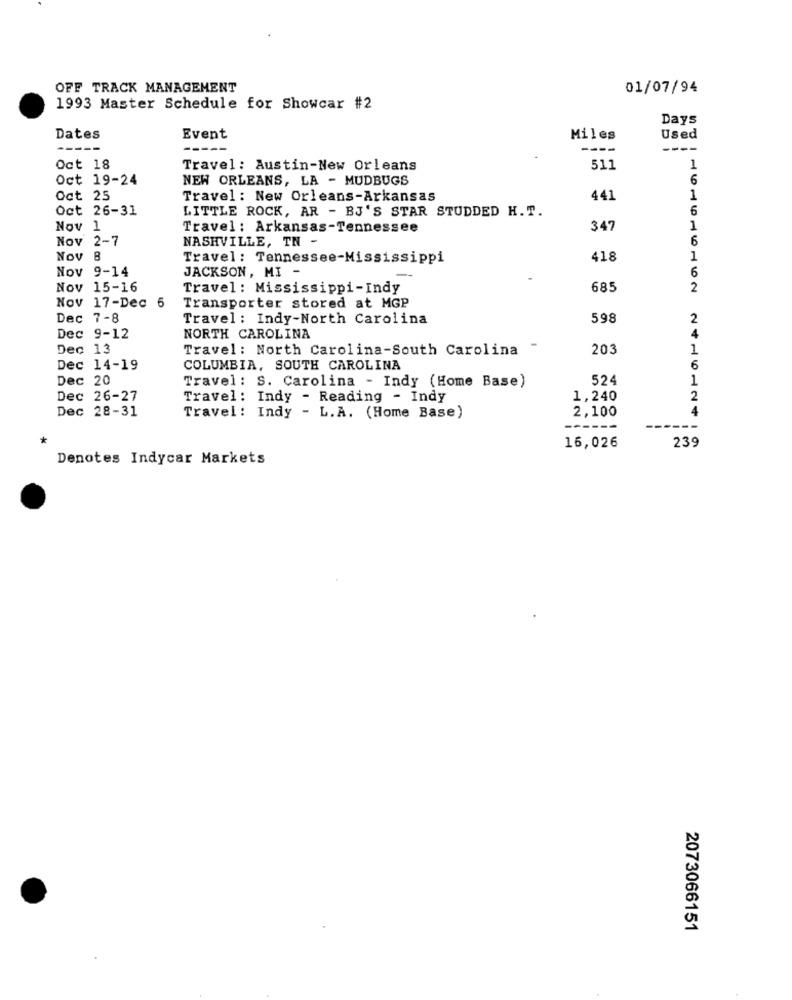
OFF TRACK MANAGEMENT
01/07/94
1993 Master Schedule for Showcar #2
Days
Dates
Event
Miles
Used
----
--
Oct 18
Travel: Austin-New Orleans
511
1
Oct 19-24
NEW ORLEANS, LA - MUDBUGS
6
Oct 25
Travel : New Orleans-Arkansas
441
1
Oct 26-31
LITTLE ROCK, AR - BJ'S STAR STUDDED H. T.
6
Nov 1
Travel : Arkansas-Tennessee
347
1
Nov 2-7
NASHVILLE, TN -
8
Travel: Tennessee-Mississippi
418
1
Nov 9-14
JACKSON, MI -
6
--
Nov 15-16
Travel : Mississippi-Indy
685
2
Nov 17-Dec
Transporter stored at MGP
Dec 7-8
Travel : Indy-North Carolina
598
2
4
Dec 9-12
NORTH CAROLINA
Dec 13
Travel: North Carolina-South Carolina
203
1
Dec 14-19
COLUMBIA, SOUTH CAROLINA
6
Dec 20
Travel : S. Carolina - Indy (Home Base)
524
1
Dec 26-27
Travel: Indy - Reading - Indy
1,240
2
Dec 28-31
2,100
4
Travel: Indy - L.A. (Home Base)
---
16,026
239
Denotes Indycar Markets
2073066151